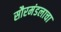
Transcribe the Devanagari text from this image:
सौरमंडलाचा